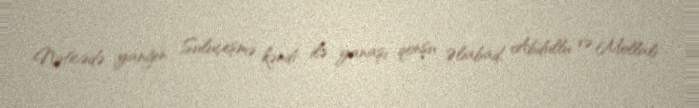
Nəticədə yanğın Suluçeşmə kəndi ilə yanaşı qonşu Əliabad, Abdullu və Mollalı